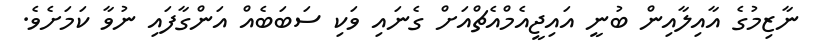
ނާޒިމުގެ އާއިލާއިން ބުނީ އައިޖީއެމްއެޗްއަށް ގެނައި ވަކި ސަބަބެއް އަންގާފައި ނުވާ ކަމަށެވެ.